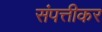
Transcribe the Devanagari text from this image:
संपत्तीकर